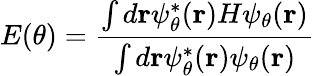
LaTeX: E(\theta)=\frac{\int d\mathbf{r}\psi_{\theta}^{*}(\mathbf{r})H\psi_{\theta}(\mathbf{r})}{\int d\mathbf{r}\psi_{\theta}^{*}(\mathbf{r})\psi_{\theta}(\mathbf{r})}